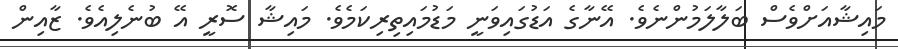
މައިޝާއަށްވެސް ބަލާލަމުންނެވެ. އޭނާގެ އަޑުގައިވަނީ މަޑުމައިތިރިކަމެވެ. މައިޝާ ސޮރީ އޭ ބުނެލިއެވެ. ޒާއިން